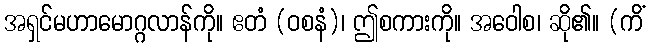
အရှင်မဟာမောဂ္ဂလာန်ကို။ ဧတံ (ဝစနံ)၊ ဤစကားကို။ အဝေါစ၊ ဆို၏။ (ကိံ